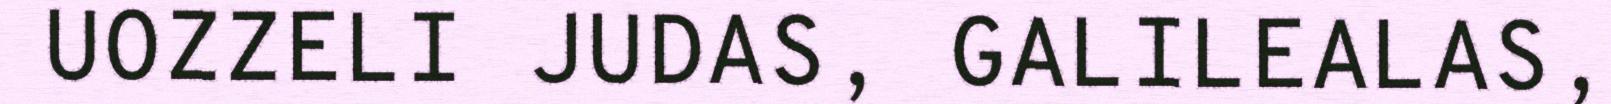
UOZZELI JUDAS, GALILEALAS,